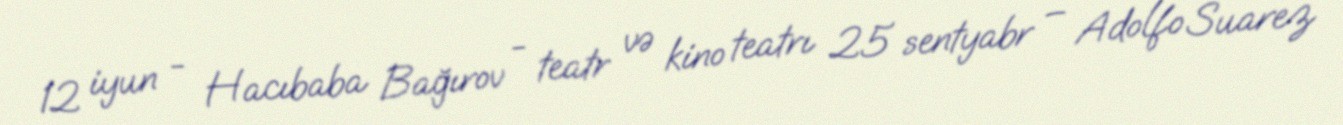
12 iyun - Hacıbaba Bağırov - teatr və kino teatrı 25 sentyabr – Adolfo Suarez